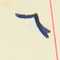
٦